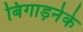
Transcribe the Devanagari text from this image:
बिगाड़नेके